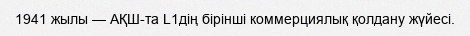
1941 жылы — АҚШ-та L1дiң бiрiншi коммерциялық қолдану жүйесi.